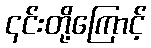
၎င်းတို့ကြောင့်